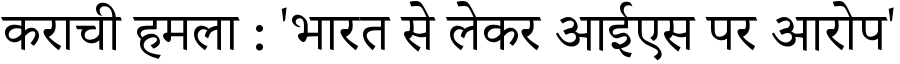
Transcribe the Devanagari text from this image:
कराची हमला : 'भारत से लेकर आईएस पर आरोप'